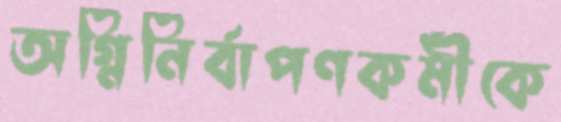
অগ্নিনির্বাপণকর্মীকে